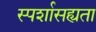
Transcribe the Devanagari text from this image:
स्पर्शासह्यता